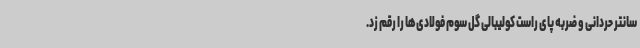
سانتر حردانی و ضربه پای راست کولیبالی گل سوم فولادی‌ها را رقم زد.